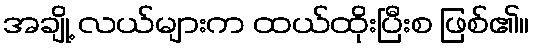
အချို့ လယ်များက ထယ်ထိုးပြီးစ ဖြစ်၏။